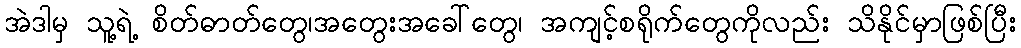
အဲဒါမှ သူ့ရဲ့ စိတ်ဓာတ်တွေ၊အတွေးအခေါ်တွေ၊ အကျင့်စရိုက်တွေကိုလည်း သိနိုင်မှာဖြစ်ပြီး